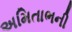
અમિતાભની